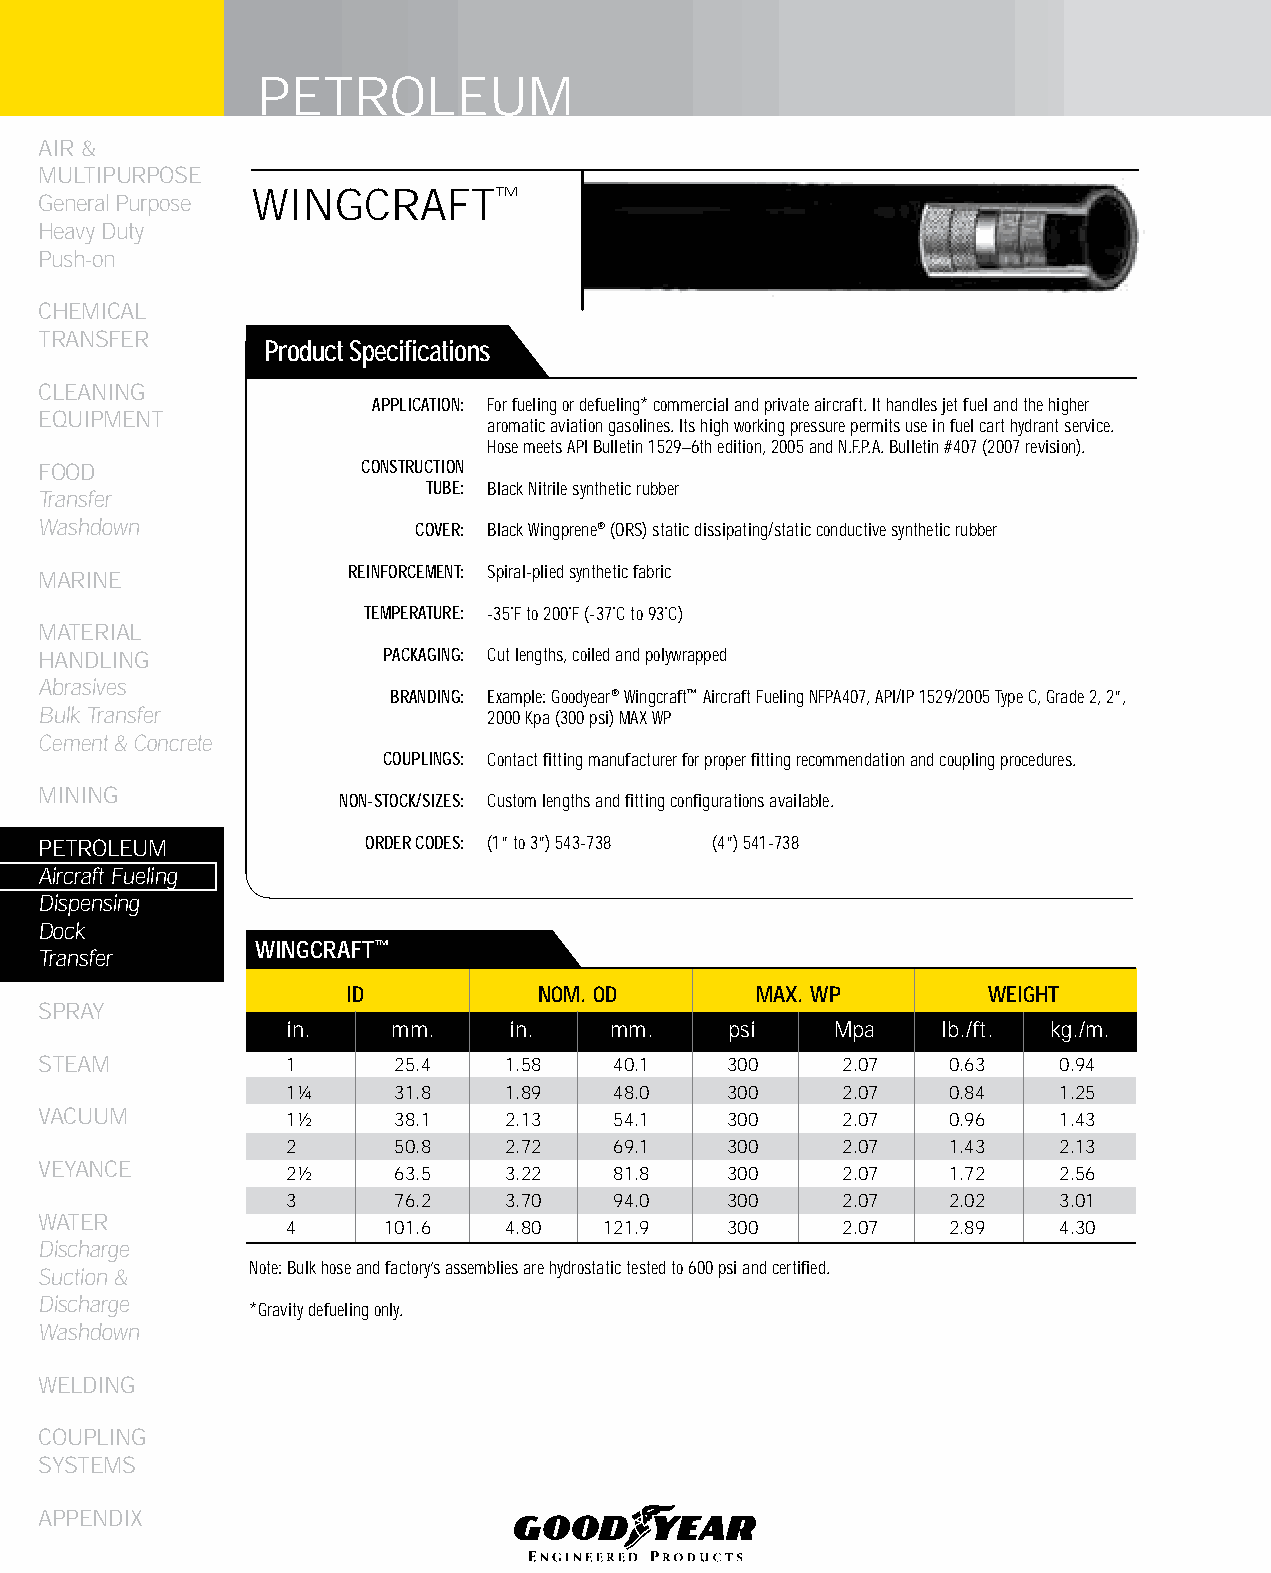
PETROLEUM
 AIR &
 MULTIPURPOSE
 WINGCRAFT™
 General Purpose
 Heavy Duty
 Push-on
 CHEMICAL
 TRANSFER
 Product Specifications
 CLEANING
 APPLICATION: For fueling or defueling* commercial and private aircraft. It handles jet fuel and the higher
 EqUIPMENT
 aromatic aviation gasolines. Its high working pressure permits use in fuel cart hydrant service.
 Hose meets API Bulletin 1529–6th edition, 2005 and N.F.P.A. Bulletin #407 (2007 revision).
 FOOD                 CONSTRUCTION
 TUBE: Black Nitrile synthetic rubber
 Transfer
 Washdown                 COVER: Black Wingprene® (ORS) static dissipating/static conductive synthetic rubber
 REINFORCEMENT: Spiral-plied synthetic fabric
 MARINE
 TEMPERATURE: -35˚F to 200˚F (-37˚C to 93˚C)
 MATERIAL
 HANDLING              PACKAGING: Cut lengths, coiled and polywrapped
 Abrasives
 BRANDING: Example: Goodyear® Wingcraft™ Aircraft Fueling NFPA407, API/IP 1529/2005 Type C, Grade 2, 2”,
 Bulk Transfer                2000 Kpa (300 psi) MAX WP
 Cement & Concrete
 COUPLINGS: Contact fitting manufacturer for proper fitting recommendation and coupling procedures.
 MINING
 NON-STOCK/SIZES: Custom lengths and fitting configurations available.
 PETROLEUM            ORDER CODES: (1” to 3”) 543-738 (4”) 541-738
 Aircraft Fueling
 Dispensing
 Dock
 WINGCRAfT™
 Transfer
 ID           NOM. OD       MAX. WP        WEIGHT
 SPRAY
 in.    mm.     in.   mm.     psi    Mpa    lb./ft. kg./m.
 STEAM           1      25.4    1.58   40.1   300     2.07   0.63   0.94
 1¼     31.8    1.89   48.0   300     2.07   0.84   1.25
 VACUUM          1½     38.1    2.13   54.1   300     2.07   0.96   1.43
 2      50.8    2.72   69.1   300     2.07   1.43   2.13
 VEYANCE         2½     63.5    3.22   81.8   300     2.07   1.72   2.56
 3      76.2    3.70   94.0   300     2.07   2.02   3.01
 WATER
 4      101.6   4.80  121.9   300     2.07   2.89   4.30
 Discharge
 Note: Bulk hose and factory’s assemblies are hydrostatic tested to 600 psi and certified.
 Suction &
 Discharge
 *Gravity defueling only.
 Washdown
 WELDING
 COUPLING
 SYSTEMS
 APPENDIX
 146